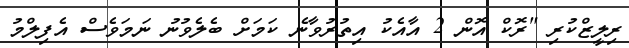
ރިލީޒްކުރި "ރޮކް އޮން 2 އާއެކު އިތުރުވާނެ ކަމަށް ބެލެވުނު ނަމަވެސް އެފިލްމު